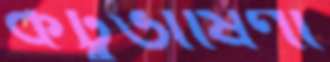
কটুভাষিণী